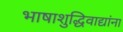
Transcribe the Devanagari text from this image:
भाषाशुद्धिवाद्यांना